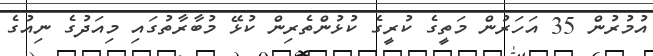
އުމުރުން 35 އަހަރުން މަތީގެ ކުރީގެ ކުޅުންތެރިން ކުޅޭ މުބާރާތުގައި މިއަދުގެ ނިއުގެ